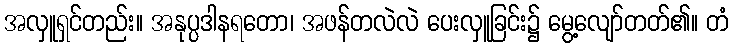
အလှူရှင်တည်း။ အနုပ္ပဒါနရတော၊ အဖန်တလဲလဲ ပေးလှူခြင်း၌ မွေ့လျော်တတ်၏။ တံ